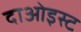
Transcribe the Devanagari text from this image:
दाओइस्ट